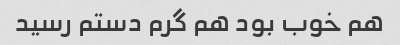
هم خوب بود هم گرم دستم رسید